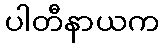
ပါတီနာယက